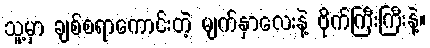
သူ့မှာ ချစ်စရာကောင်းတဲ့ မျက်နှာလေးနဲ့ ဗိုက်ကြီးကြီးနဲ့။